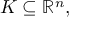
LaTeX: K \subseteq \mathbb { R } ^ { n } ,